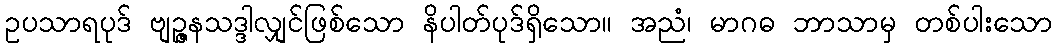
ဥပသာရပုဒ် ဗျဉ္ဇနသဒ္ဒါလျှင်ဖြစ်သော နိပါတ်ပုဒ်ရှိသော။ အညံ၊ မာဂဓ ဘာသာမှ တစ်ပါးသော